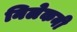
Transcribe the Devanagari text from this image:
निलेकनी